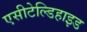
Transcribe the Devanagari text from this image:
एसीटेल्डिहाइड